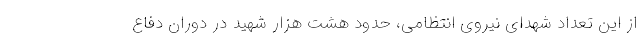
از این تعداد شهدای نیروی انتظامی، حدود هشت هزار شهید در دوران دفاع